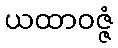
ယထာဝဇ္ဇံ